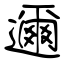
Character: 邇